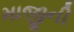
માજીની